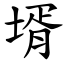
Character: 壻